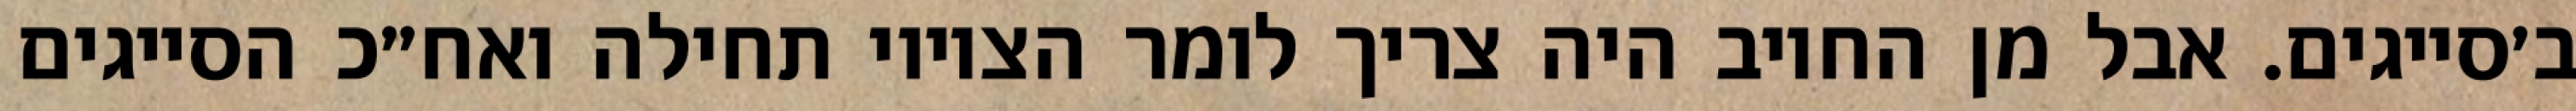
ב׳סייגים. אבל מן החיוב היה צריך לומר הציווי תחילה ואח״כ הסייגים